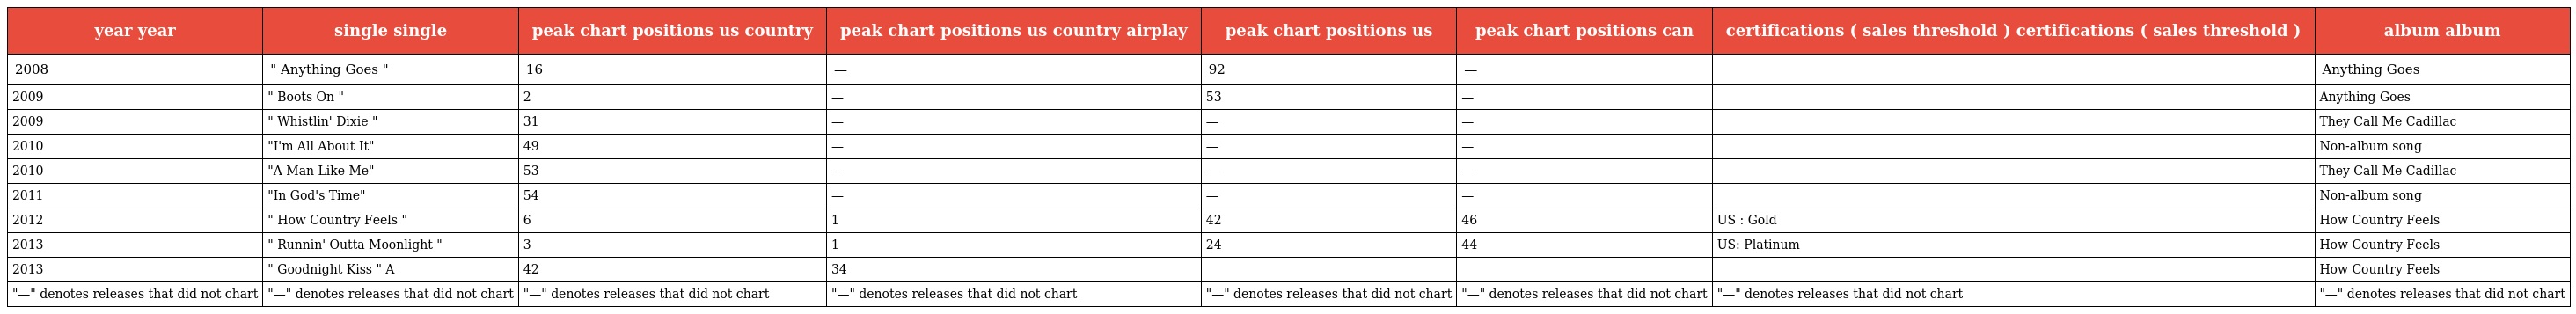
| year year | single single | peak chart positions us country | peak chart positions us country airplay | peak chart positions us | peak chart positions can | certifications ( sales threshold ) certifications ( sales threshold ) | album album |
 | --- | --- | --- | --- | --- | --- | --- | --- |
 | 2008 | " Anything Goes " | 16 | — | 92 | — |  | Anything Goes |
 | 2009 | " Boots On " | 2 | — | 53 | — |  | Anything Goes |
 | 2009 | " Whistlin' Dixie " | 31 | — | — | — |  | They Call Me Cadillac |
 | 2010 | "I'm All About It" | 49 | — | — | — |  | Non-album song |
 | 2010 | "A Man Like Me" | 53 | — | — | — |  | They Call Me Cadillac |
 | 2011 | "In God's Time" | 54 | — | — | — |  | Non-album song |
 | 2012 | " How Country Feels " | 6 | 1 | 42 | 46 | US : Gold | How Country Feels |
 | 2013 | " Runnin' Outta Moonlight " | 3 | 1 | 24 | 44 | US: Platinum | How Country Feels |
 | 2013 | " Goodnight Kiss " A | 42 | 34 |  |  |  | How Country Feels |
 | "—" denotes releases that did not chart | "—" denotes releases that did not chart | "—" denotes releases that did not chart | "—" denotes releases that did not chart | "—" denotes releases that did not chart | "—" denotes releases that did not chart | "—" denotes releases that did not chart | "—" denotes releases that did not chart |